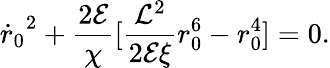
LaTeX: {\dot{r}_{0}}^{2}+{\frac{2{\cal E}}{\chi}}[{\frac{{\cal L}^{2}}{2{\cal E}\xi}}r_{0}^{6}-r_{0}^{4}]=0.